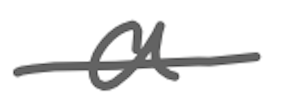
Text: a
Cross-out: single-line
Writing tool: digital_gray